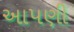
અાપણી